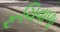
રૂચિવાળા